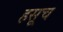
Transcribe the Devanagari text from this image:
हसूच